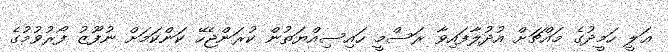
ޢަލީ ހަމީދުގެ މައްޗަށް އުދުލާފައިވާ ރަސްމީ ހައިސިއްޔަތުން ކުރަންޖެހޭ ކަންކަމަށް ނުފޫޒު ފޯރުވުމުގެ